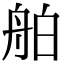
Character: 舶